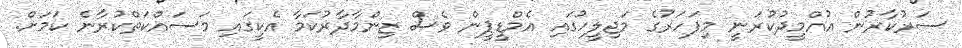
ސަރުކާރުން އުއްމީދުކުރަނީ މިފަހަރުގެ މަޖިލީހުގައި އެމްޑީޕީން ވެސް ޒިންމާދާރުކަމާ އެކީގައި މަސައްކަތްކުރާނެ ކަމަށް.